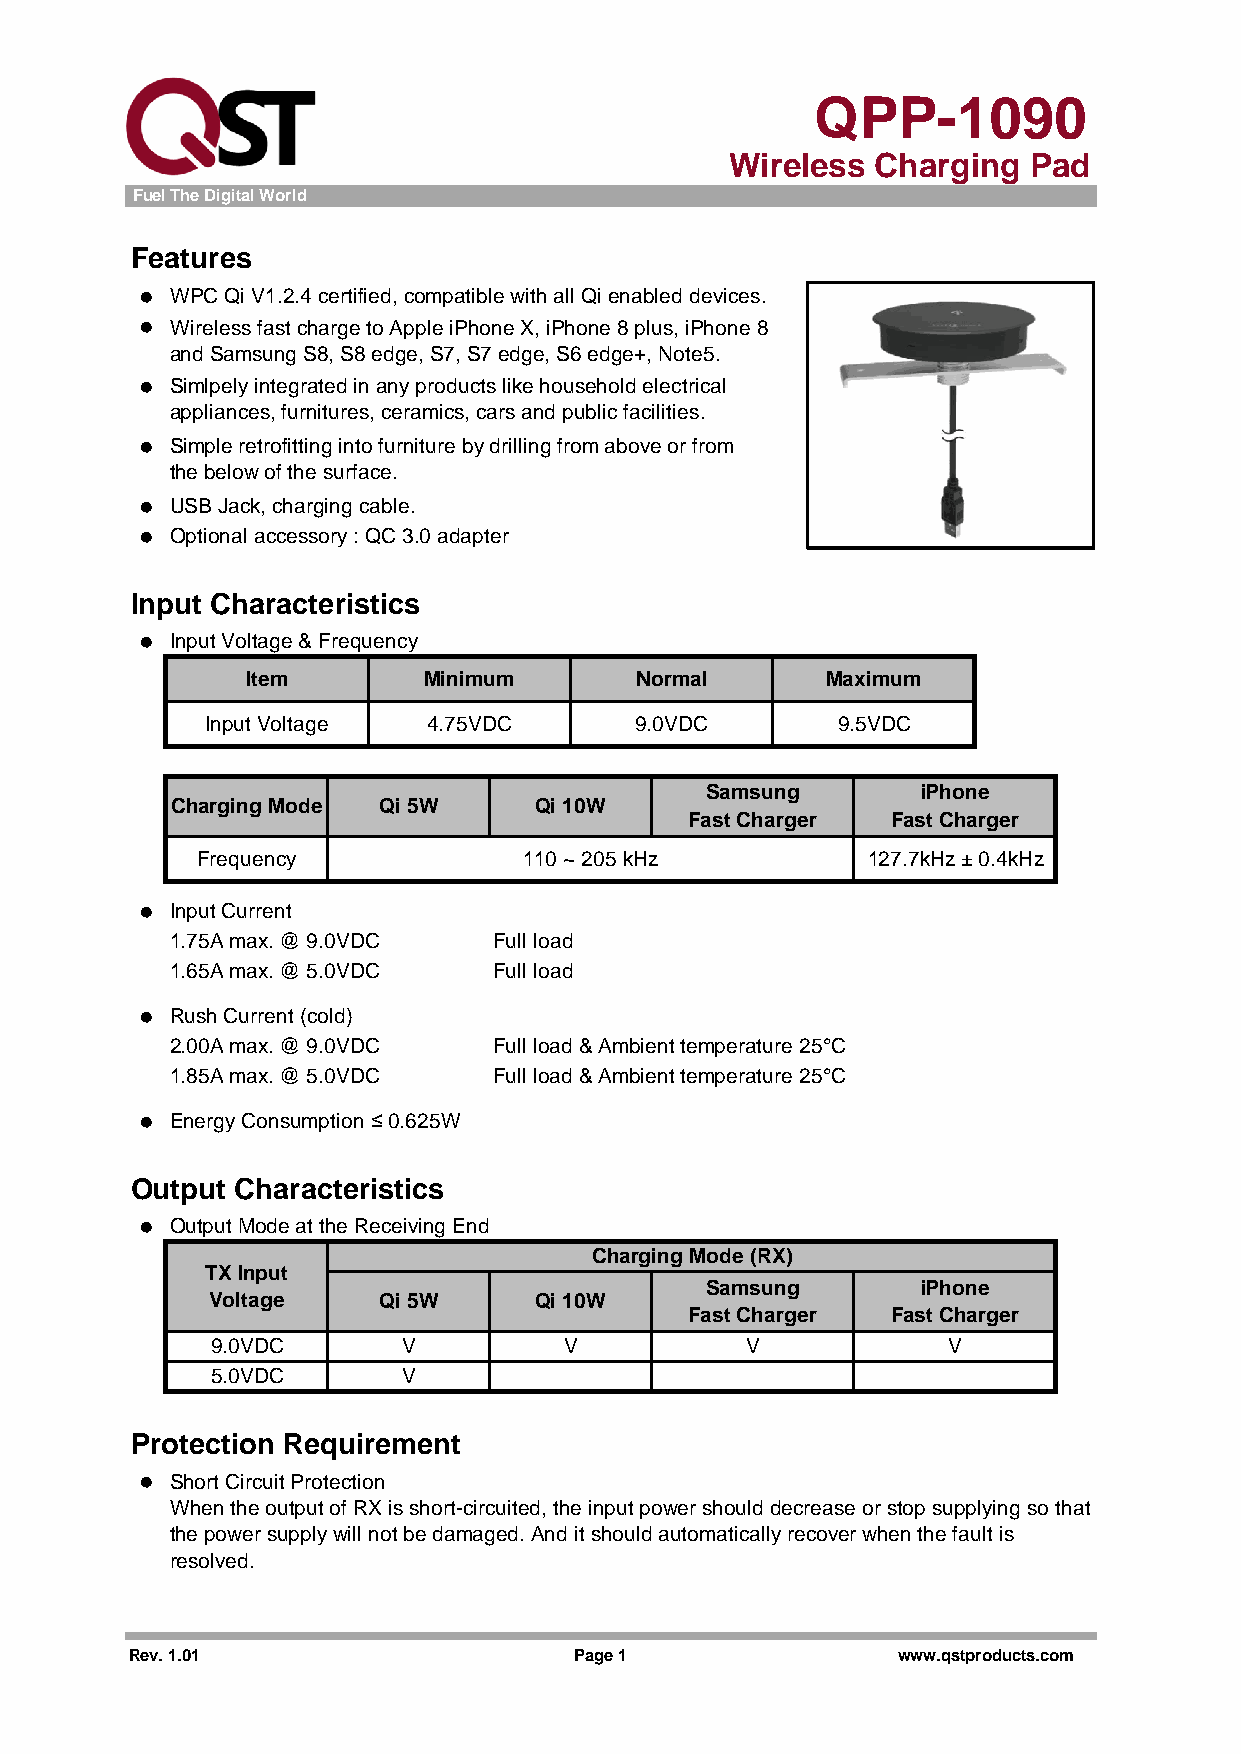
QPP-1090
 Wireless  Charging  Pad
 Fuel The Digital World
 Features
 ● WPC Qi V1.2.4 certified, compatible with all Qi enabled devices.
 ● Wireless fast charge to Apple iPhone X, iPhone 8 plus, iPhone 8
 and Samsung S8, S8 edge, S7, S7 edge, S6 edge+, Note5.
 ● Simlpely integrated in any products like household electrical
 appliances, furnitures, ceramics, cars and public facilities.
 ● Simple retrofitting into furniture by drilling from above or from
 the below of the surface.
 ● USB Jack, charging cable.
 ● Optional accessory : QC 3.0 adapter
 Input Characteristics
 ● Input Voltage & Frequency
 Item        Minimum       Normal       Maximum
 Input Voltage 4.75VDC       9.0VDC       9.5VDC
 Samsung       iPhone
 Charging Mode Qi 5W     Qi 10W
 Fast Charger Fast Charger
 Frequency             110 ~ 205 kHz         127.7kHz ± 0.4kHz
 ● Input Current
 1.75A max. @ 9.0VDC   Full load
 1.65A max. @ 5.0VDC   Full load
 ● Rush Current (cold)
 2.00A max. @ 9.0VDC   Full load & Ambient temperature 25°C
 1.85A max. @ 5.0VDC   Full load & Ambient temperature 25°C
 ● Energy Consumption ≤ 0.625W
 Output Characteristics
 ● Output Mode at the Receiving End
 Charging Mode (RX)
 TX Input
 Samsung       iPhone
 Voltage    Qi 5W     Qi 10W
 Fast Charger Fast Charger
 9.0VDC       V         V           V             V
 5.0VDC       V
 Protection Requirement
 ● Short Circuit Protection
 When the output of RX is short-circuited, the input power should decrease or stop supplying so that
 the power supply will not be damaged. And it should automatically recover when the fault is
 resolved.
 Rev. 1.01                    Page 1               www.qstproducts.com